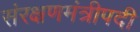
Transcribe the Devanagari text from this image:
संरक्षणमंत्रीपदी